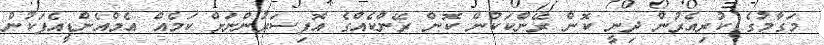
މަގާމުގެ ކުރިއެރުން ދިނީ ކޮން ރޭންކަކުން ކޮން ރޭންކެއްގެ އޮފިސަރުންނަށް ކަމެއް އެމްއެންޑީއެފަކުން